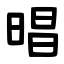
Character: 晿